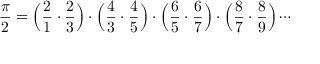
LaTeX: { \frac { \pi } { 2 } } = { \Big ( } { \frac { 2 } { 1 } } \cdot { \frac { 2 } { 3 } } { \Big ) } \cdot { \Big ( } { \frac { 4 } { 3 } } \cdot { \frac { 4 } { 5 } } { \Big ) } \cdot { \Big ( } { \frac { 6 } { 5 } } \cdot { \frac { 6 } { 7 } } { \Big ) } \cdot { \Big ( } { \frac { 8 } { 7 } } \cdot { \frac { 8 } { 9 } } { \Big ) } \cdots